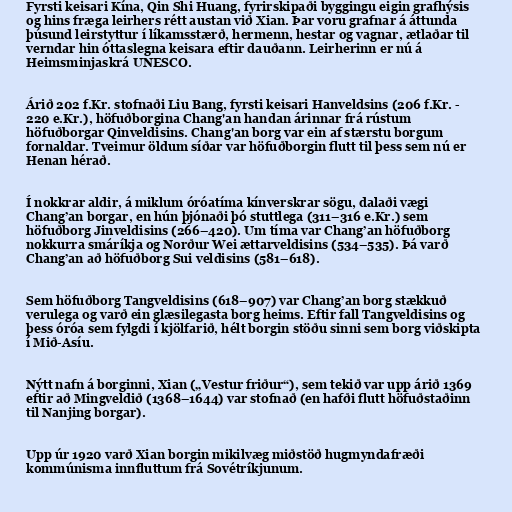
Fyrsti keisari Kína, Qin Shi Huang, fyrirskipaði byggingu eigin grafhýsis
og hins fræga leirhers rétt austan við Xian. Þar voru grafnar á áttunda
þúsund leirstyttur í líkamsstærð, hermenn, hestar og vagnar, ætlaðar til
verndar hin óttaslegna keisara eftir dauðann. Leirherinn er nú á
Heimsminjaskrá UNESCO.

Árið 202 f.Kr. stofnaði Liu Bang, fyrsti keisari Hanveldsins (206 f.Kr. -
220 e.Kr.), höfuðborgina Chang'an handan árinnar frá rústum
höfuðborgar Qinveldisins. Chang'an borg var ein af stærstu borgum
fornaldar. Tveimur öldum síðar var höfuðborgin flutt til þess sem nú er
Henan hérað.

Í nokkrar aldir, á miklum óróatíma kínverskrar sögu, dalaði vægi
Chang’an borgar, en hún þjónaði þó stuttlega (311–316 e.Kr.) sem
höfuðborg Jinveldisins (266–420). Um tíma var Chang’an höfuðborg
nokkurra smáríkja og Norður Wei ættarveldisins (534–535). Þá varð
Chang’an að höfuðborg Sui veldisins (581–618).

Sem höfuðborg Tangveldisins (618–907) var Chang’an borg stækkuð
verulega og varð ein glæsilegasta borg heims. Eftir fall Tangveldisins og
þess óróa sem fylgdi í kjölfarið, hélt borgin stöðu sinni sem borg viðskipta
í Mið-Asíu.

Nýtt nafn á borginni, Xian („Vestur friður“), sem tekið var upp árið 1369
eftir að Mingveldið (1368–1644) var stofnað (en hafði flutt höfuðstaðinn
til Nanjing borgar).

Upp úr 1920 varð Xian borgin mikilvæg miðstöð hugmyndafræði
kommúnisma innfluttum frá Sovétríkjunum.